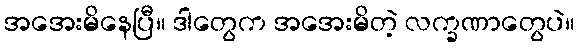
အအေးမိနေပြီ။ ဒါတွေက အအေးမိတဲ့ လက္ခဏာတွေပဲ။